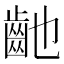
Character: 䶔